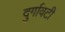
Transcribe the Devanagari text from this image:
दुर्गावटी